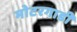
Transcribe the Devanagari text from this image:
मोटरगाडी